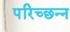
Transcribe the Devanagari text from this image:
परिच्छन्न